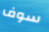
سوف